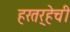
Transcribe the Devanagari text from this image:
हरतर्‍हेची